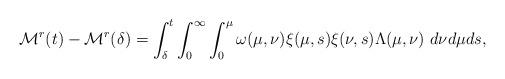
LaTeX: \begin{align*}\mathcal{M}^{r}(t)-\mathcal{M}^{r}(\delta)=\int_{\delta}^{t}\int_{0}^{\infty}\int_{0}^{\mu}\omega(\mu,\nu)\xi(\mu,s)\xi(\nu,s)\Lambda(\mu,\nu)\ d\nu d\mu ds,\end{align*}